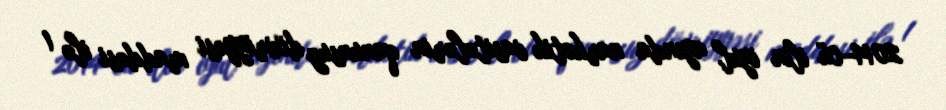
2014-cü ilin iyul ayında narkotik vasitələrin qanunsuz dövriyyəsi maddəsi ilə 1